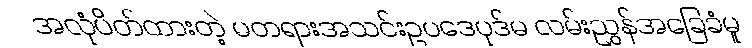
အလုံပိတ်ထားတဲ့ မတရားအသင်းဥပဒေပုဒ်မ လမ်းညွှန်အခြေခံမူ